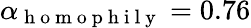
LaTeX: \alpha_{\mathrm{~h~o~m~o~p~h~i~l~y~}}=0.76